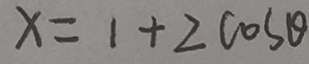
x = 1 + 2 \cos \theta